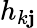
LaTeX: h_{k\mathbf{j}}